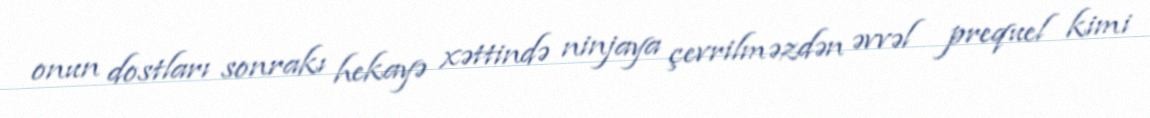
onun dostları sonrakı hekayə xəttində ninjaya çevrilməzdən əvvəl prequel kimi